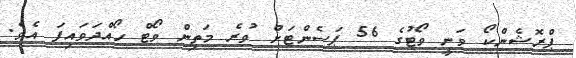
ޕްރޮޝެންކޯ ވަނީ ވޯޓުގެ 56 ޕަސެންޓަށް ވުރެ މަތިން ވޯޓް ހޯއްދަވައިފަ އެވެ.